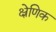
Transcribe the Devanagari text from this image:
क्ष्रेणिक